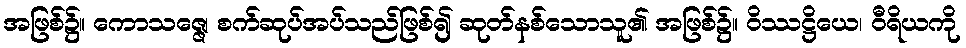
အဖြစ်၌။ ကောသဇ္ဇေ၊ စက်ဆုပ်အပ်သည်ဖြစ်၍ ဆုတ်နစ်သောသူ၏ အဖြစ်၌။ ဝိဿဋ္ဌိယေ၊ ဝီရိယကို